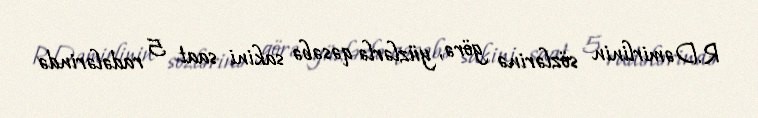
R.Dəmirlinin sözlərinə görə, yüzlərlə qəsəbə sakini saat 5 radələrində